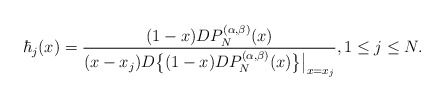
\begin{align*}\hbar_{j}(x)=\frac{(1-x)D P^{(\alpha,\beta)}_{N}(x)}{(x-x_j) D\big\{ (1-x)D P^{(\alpha,\beta)}_{N}(x)\big\}\big|_{x=x_j}}, 1\leq j\leq N.\end{align*}